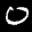
Digit: 0